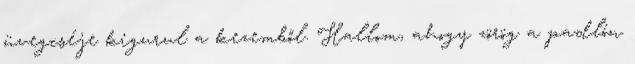
üvegcséje kigurul a kezemből. Hallom, ahogy zörög a padlón